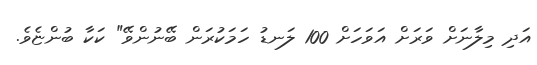
އަދި މިލާނަށް ވަރަށް އަވަހަށް 100 ލަނޑު ހަމަކުރަން ބޭނުންވޭ" ކަކާ ބުންޏެވެ.